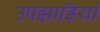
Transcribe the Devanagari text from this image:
उपझाड़ियां